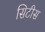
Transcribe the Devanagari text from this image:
सिटीस